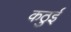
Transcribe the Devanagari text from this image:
कठुई